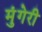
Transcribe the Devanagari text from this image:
मुंगेरी